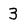
Character: 3